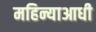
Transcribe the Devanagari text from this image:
महिन्याआधी